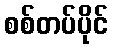
စစ်တပ်ပိုင်